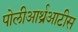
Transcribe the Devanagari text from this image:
पोलीआर्थ्रआटीस